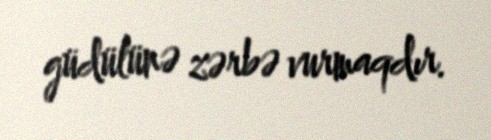
güdülünə zərbə vurmaqdır.